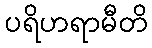
ပရိဟရာမီတိ